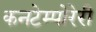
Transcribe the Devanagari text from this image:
कनटेम्पोरेरी